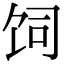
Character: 饲